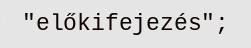
"előkifejezés";